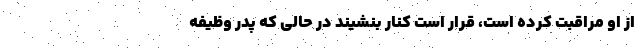
از او مراقبت کرده است، قرار است کنار بنشیند در حالی که پدر وظیفه